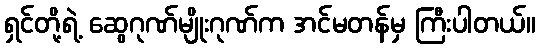
ရှင်တို့ရဲ့ ဆွေဂုဏ်မျိုးဂုဏ်က အင်မတန်မှ ကြီးပါတယ်။